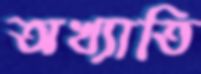
অখ্যাতি